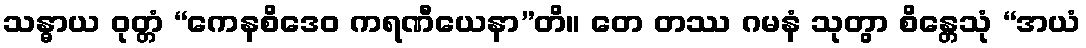
သန္ဓာယ ဝုတ္တံ “ကေနစိဒေဝ ကရဏီယေနာ”တိ။ တေ တဿ ဂမနံ သုတွာ စိန္တေသုံ “အယံ